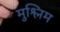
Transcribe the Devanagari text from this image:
मुश्लिम